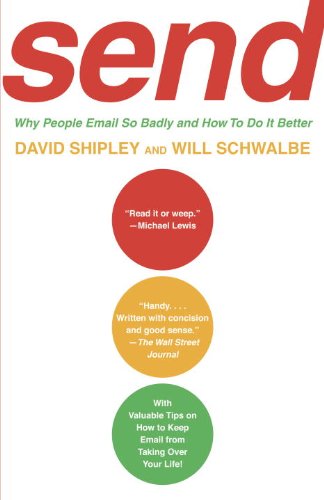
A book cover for SEND: Why People Email So Badly and How to Do It Better; David Shipley; Business & Money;